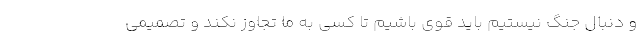
و دنبال جنگ نیستیم باید قوی باشیم تا کسی به ما تجاوز نکند و تصمیمی